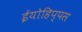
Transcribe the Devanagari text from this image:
ईयोहिप्पस